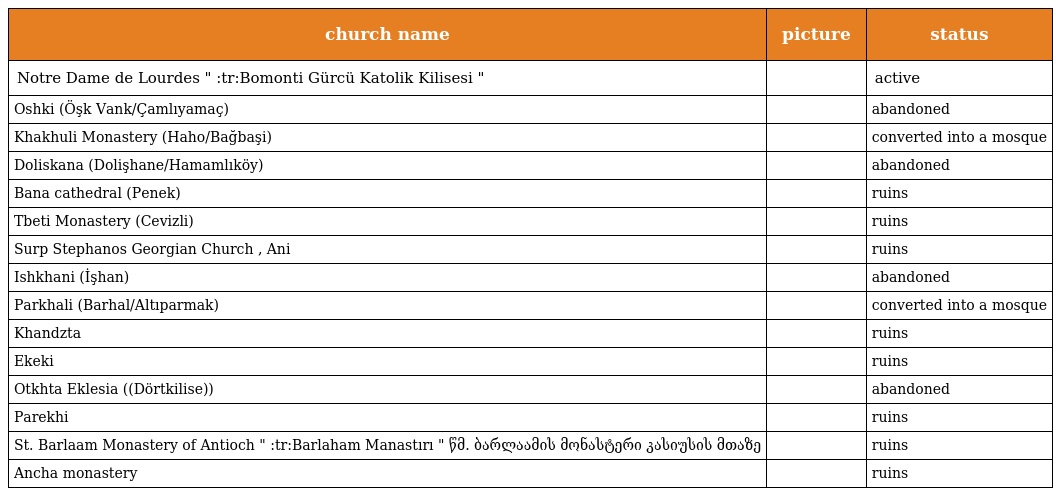
| church name | picture | status |
 | --- | --- | --- |
 | Notre Dame de Lourdes " :tr:Bomonti Gürcü Katolik Kilisesi " |  | active |
 | Oshki (Öşk Vank/Çamlıyamaç) |  | abandoned |
 | Khakhuli Monastery (Haho/Bağbaşi) |  | converted into a mosque |
 | Doliskana (Dolişhane/Hamamlıköy) |  | abandoned |
 | Bana cathedral (Penek) |  | ruins |
 | Tbeti Monastery (Cevizli) |  | ruins |
 | Surp Stephanos Georgian Church , Ani |  | ruins |
 | Ishkhani (İşhan) |  | abandoned |
 | Parkhali (Barhal/Altıparmak) |  | converted into a mosque |
 | Khandzta |  | ruins |
 | Ekeki |  | ruins |
 | Otkhta Eklesia ((Dörtkilise)) |  | abandoned |
 | Parekhi |  | ruins |
 | St. Barlaam Monastery of Antioch " :tr:Barlaham Manastırı " წმ. ბარლაამის მონასტერი კასიუსის მთაზე |  | ruins |
 | Ancha monastery |  | ruins |